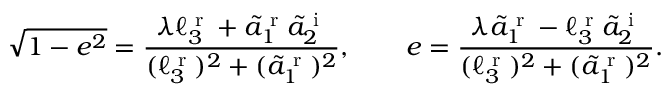
\sqrt { 1 - e ^ { 2 } } = \frac { \lambda \ell _ { 3 } ^ { \textrm { r } } + \tilde { a } _ { 1 } ^ { \textrm { r } } \tilde { a } _ { 2 } ^ { \textrm { i } } } { ( \ell _ { 3 } ^ { \textrm { r } } ) ^ { 2 } + ( \tilde { a } _ { 1 } ^ { \textrm { r } } ) ^ { 2 } } , \qquad e = \frac { \lambda \tilde { a } _ { 1 } ^ { \textrm { r } } - \ell _ { 3 } ^ { \textrm { r } } \tilde { a } _ { 2 } ^ { \textrm { i } } } { ( \ell _ { 3 } ^ { \textrm { r } } ) ^ { 2 } + ( \tilde { a } _ { 1 } ^ { \textrm { r } } ) ^ { 2 } } .